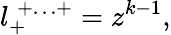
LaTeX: l_{+}^{\; +\ldots+}=z^{k-1},